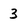
Character: 3